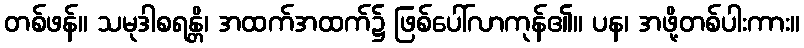
တစ်ဖန်။ သမုဒါစရန္တိ၊ အထက်အထက်၌ ဖြစ်ပေါ်လာကုန်၏။ ပန၊ အဖို့တစ်ပါးကား။